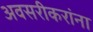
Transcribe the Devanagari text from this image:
अवसरीकरांना